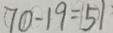
7 0 - 1 9 = 5 1